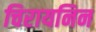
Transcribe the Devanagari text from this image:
चिरायनिन